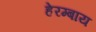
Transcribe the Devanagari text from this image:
हेरम्बाय